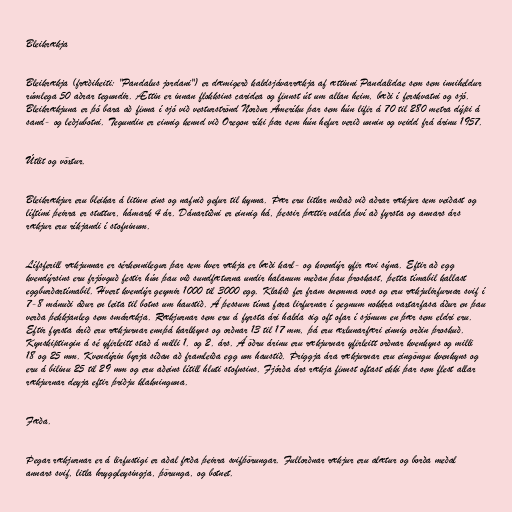
Bleikrækja

Bleikrækja (fræðiheiti: "Pandalus jordani") er dæmigerð kaldsjávarrækja af ættinni Pandalidae sem sem inniheldur
rúmlega 50 aðrar tegundir. Ættin er innan flokksins caridea og finnst út um allan heim, bæði í ferskvatni og sjó.
Bleikrækjuna er þó bara að finna í sjó við vesturströnd Norður Ameríku þar sem hún lifir á 70 til 280 metra dýpi á
sand- og leðjubotni. Tegundin er einnig kennd við Oregon ríki þar sem hún hefur verið unnin og veidd frá árinu 1957.

Útlit og vöxtur.

Bleikrækjur eru bleikar á litinn eins og nafnið gefur til kynna. Þær eru litlar miðað við aðrar rækjur sem veiðast og
líftími þeirra er stuttur, hámark 4 ár. Dánartíðni er einnig há, þessir þættir valda því að fyrsta og annars árs
rækjur eru ríkjandi í stofninum.

Lífsferill rækjunnar er sérkennilegur þar sem hver rækja er bæði karl- og kvendýr yfir ævi sýna. Eftir að egg
kvendýrsins eru frjóvguð festir hún þau við sundfæturna undir halanum meðan þau þroskast, þetta tímabil kallast
eggburðartímabil. Hvert kvendýr geymir 1000 til 3000 egg. Klakið fer fram snemma vors og eru rækjulirfurnar svif í
7-8 mánuði áður en leita til botns um haustið. Á þessum tíma fara lirfurnar í gegnum nokkra vaxtarfasa áður en þau
verða þekkjanleg sem smárækja. Rækjurnar sem eru á fyrsta ári halda sig oft ofar í sjónum en þær sem eldri eru.
Eftir fyrsta árið eru rækjurnar ennþá karlkyns og orðnar 13 til 17 mm, þá eru æxlunarfæri einnig orðin þroskuð.
Kynskiptingin á sé yfirleitt stað á milli 1. og 2. árs. Á öðru árinu eru rækjurnar yfirleitt orðnar kvenkyns og milli
18 og 25 mm. Kvendýrin byrja síðan að framleiða egg um haustið. Þriggja ára rækjurnar eru eingöngu kvenkyns og
eru á bilinu 25 til 29 mm og eru aðeins lítill hluti stofnsins. Fjórða árs rækja finnst oftast ekki þar sem flest allar
rækjurnar deyja eftir þriðju klakninguna.

Fæða.

Þegar rækjurnar er á lirfustigi er aðal fæða þeirra svifþörungar. Fullorðnar rækjur eru alætur og borða meðal
annars svif, litla hryggleysingja, þörunga, og botnet.